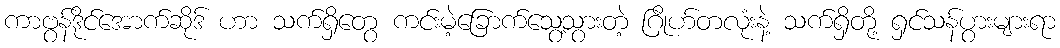
ကာဗွန်ဒိုင်အောက်ဆိုဒ် ဟာ သက်ရှိတွေ ကင်းမဲ့ခြောက်သွေ့သွားတဲ့ ဂြိုဟ်တလုံးနဲ့ သက်ရှိတို့ ရှင်သန်ပွားများရာ